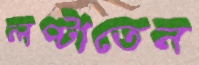
লপ্‌টাতেন